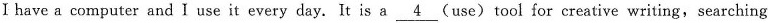
Ⅰ have a computer and I use it every day. It is a \underline{4} (use) tool for creative writing, searching